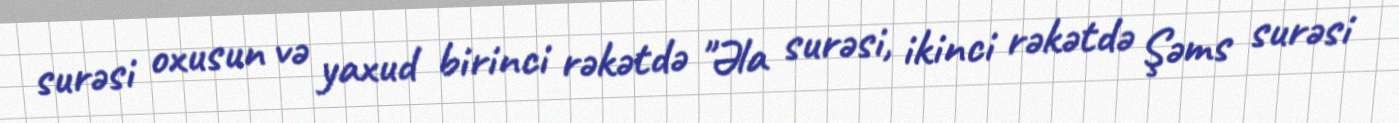
surəsi oxusun və yaxud birinci rəkətdə "Əla surəsi, ikinci rəkətdə Şəms surəsi